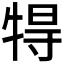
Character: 𤙰